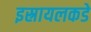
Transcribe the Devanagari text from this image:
इस्रायलकडे